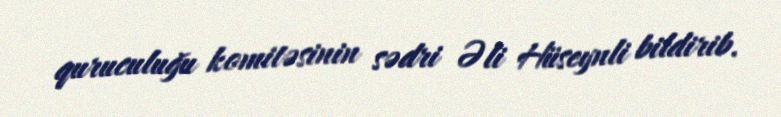
quruculuğu komitəsinin sədri Əli Hüseynli bildirib.